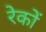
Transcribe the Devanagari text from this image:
रेकों